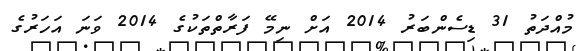
މުއްދަތު 31 ޑިސެންބަރު 2014 އަށް ނިމޭ ފަރާތްތަކުގެ 2014 ވަނަ އަހަރުގެ